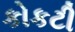
કોકટી